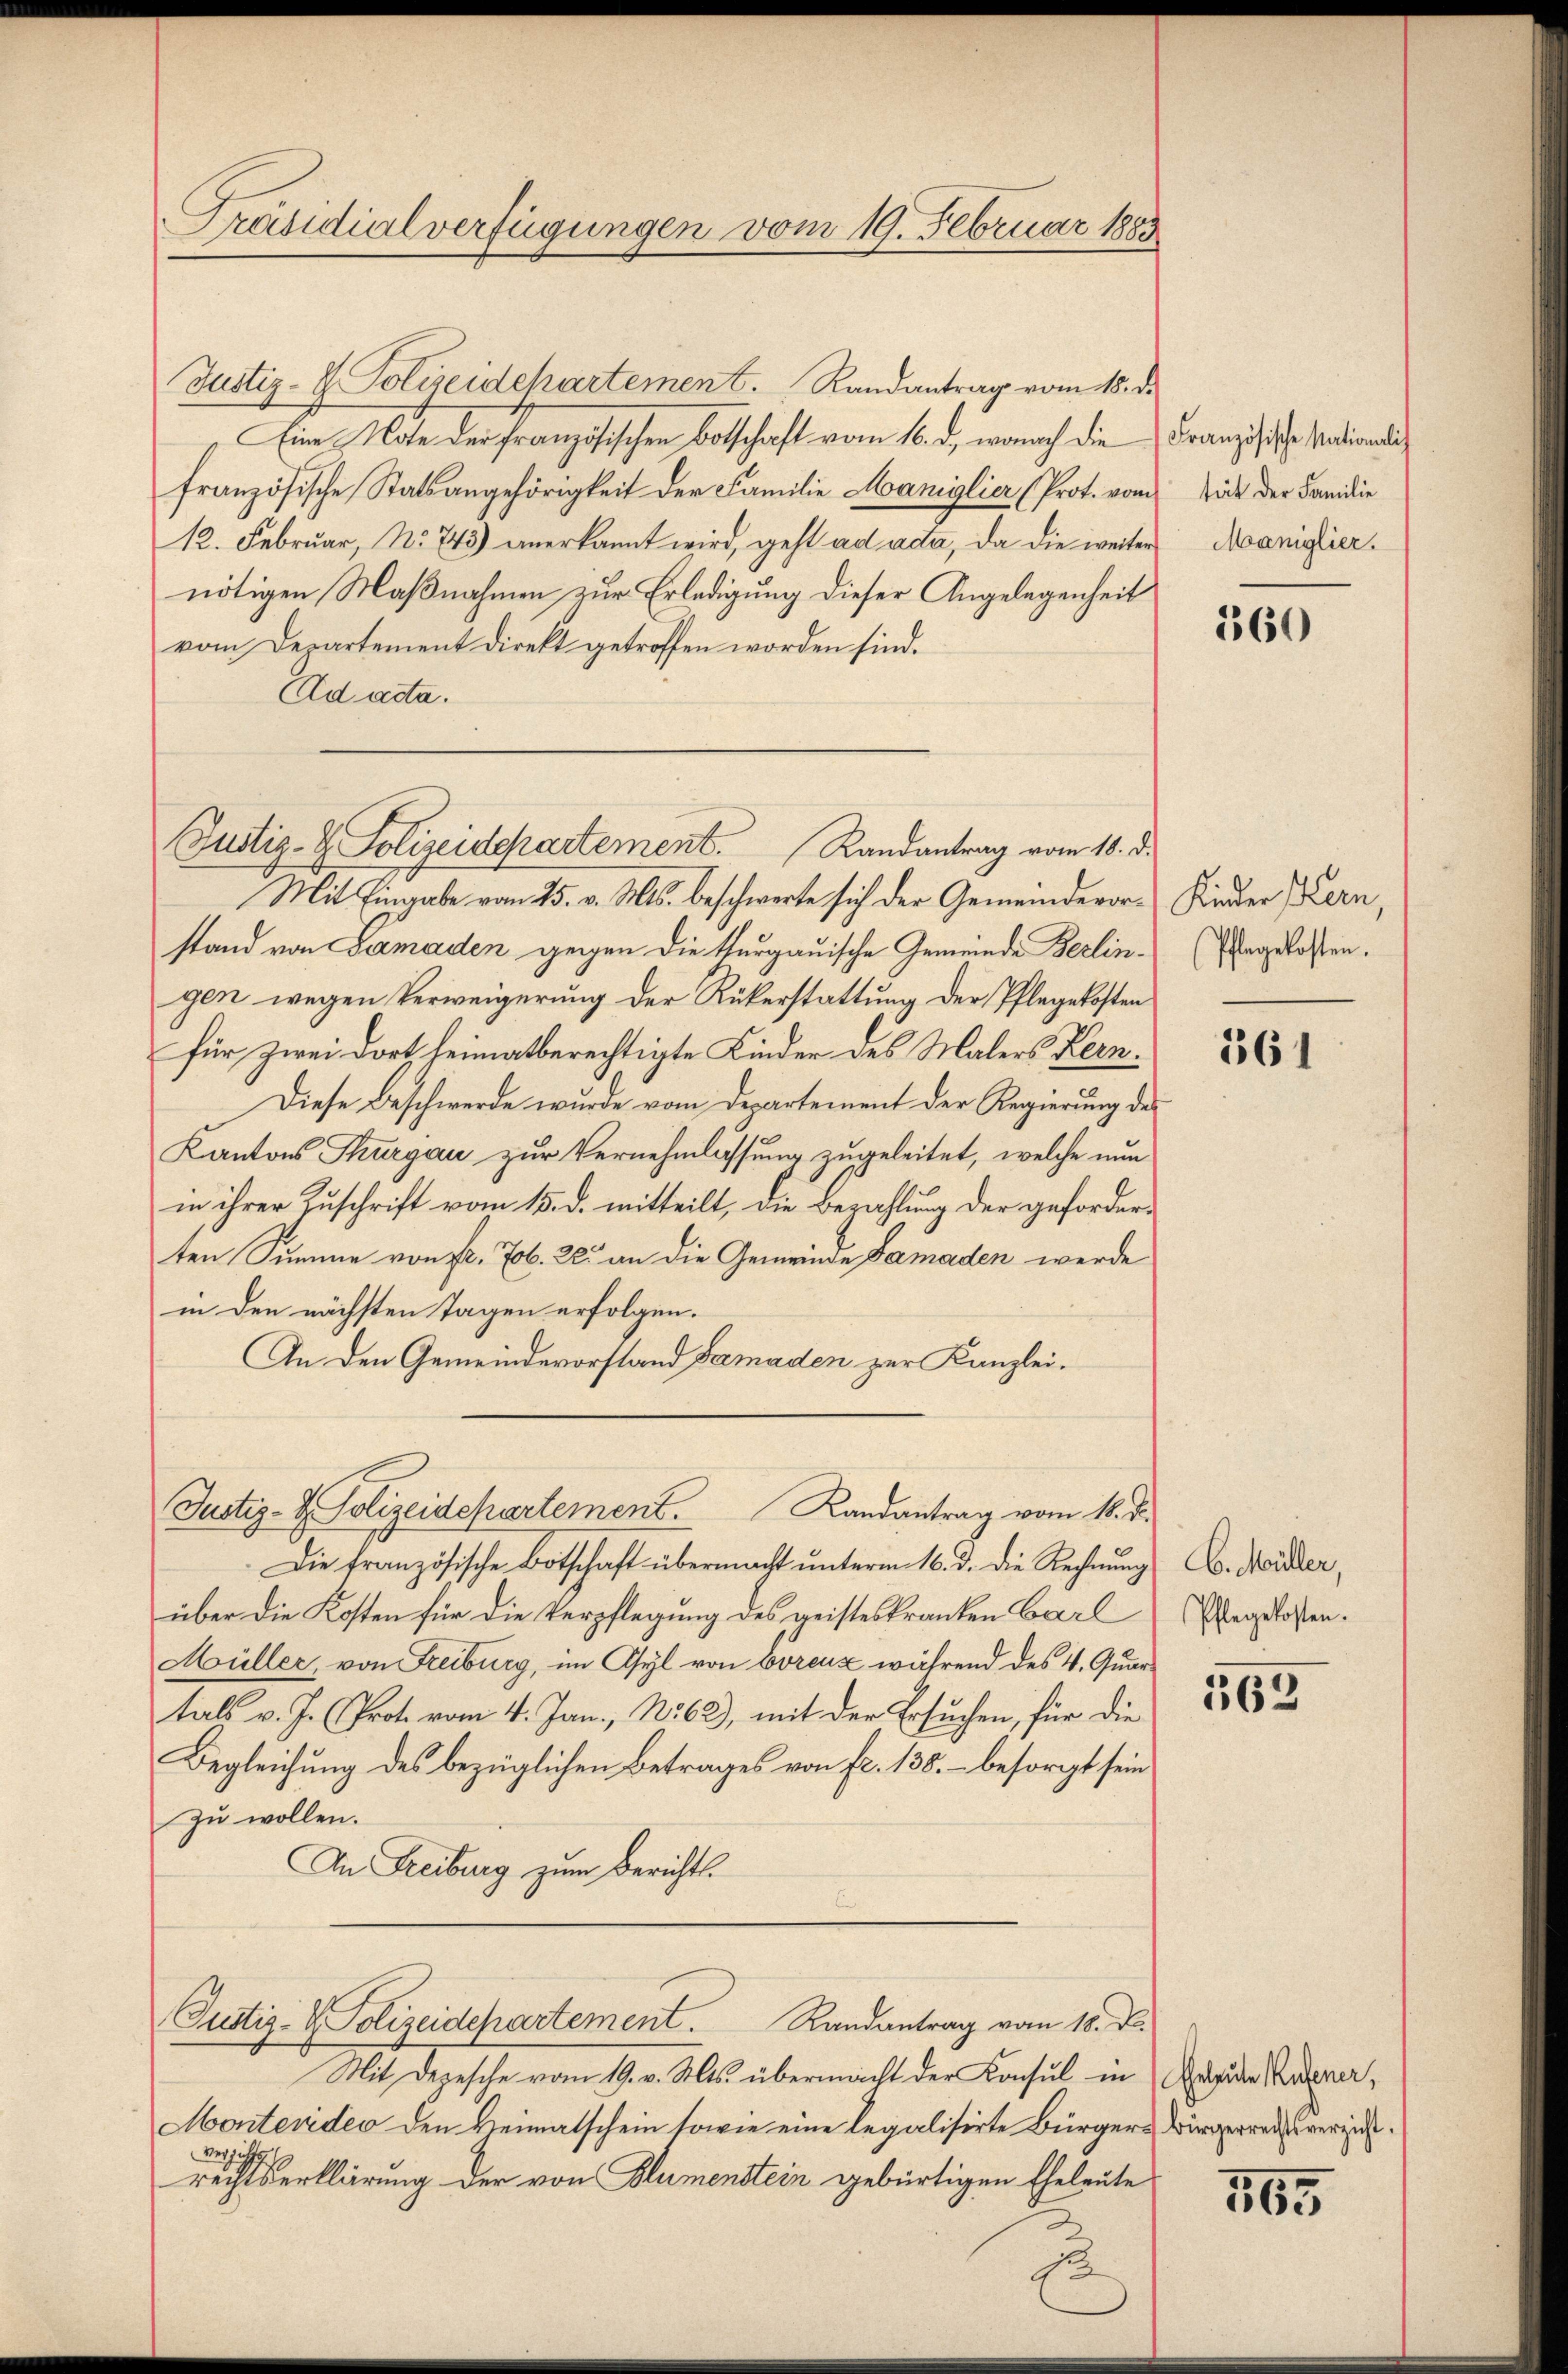
Präsidialverfügungen vom 19. Februar 1883

Justiz- & Polizeidepartement. Randantrag vom 18. d.

Justiz- & Polizeidepartement. Landantrag vom 16. d.

Justiz- & Polizeidepartement. Randantrag vom 18. d.

Justiz- & Polizeidchartement. Randantrag vom 18. d.
Eine Note der französischen Botschaft vom 16. d., wonach die
französische Statsangehörigkeit der Familie Maniglier (Prot. vom
12. Februar, No 745) anerkannt wird, geht ad acta, da die weiter
nötigen Maßnahmen zur Erledigung dieser Angelegenheit
vom Departement Direkt getroffen worden sind.
Ad acta.

Mit Eingabe vom 25. v. Ms. beschwerte sich der Gemeindevor-Kinder Kern,
stand von Famaden gegen die thurgauische Gemeinde Berlingen wegen Verweigerung der Rükerstattung der Pflegekosten
für zwei dort heimatberechtigte Kinder des Malers Kern¬
Diese Beschwerde wurde vom Departement der Regierung des
Kantons Thurgau zur Vernehmlassung zugeleitet, welche nun
in ihrer Zuschrift vom 15. d. mitteilt, die Berachtung der geforderten Summe von fr. 76. 22. an die Gemeinde Damaden werde
in den nächsten Tagen erfolgen.
An den Gemeindevorstand Damaden zur Kanzlei.

Die französische Botschaft übermacht unterm 16. d. die Rechnung
über die Kosten für die Verpflegung des geisteskranken Carl
Müller, von Freiburg, im Asyl von Creuz während des 4. Quar
tals v. J. Prot. vom 4. Jan., No 62), mit der Ersuchen, für die
Begleichung des bezüglichen Betrages von fr. 138. – besorgt sein
zu wollen.
An Freiburg zum Berichts¬
E

Mit Depesche vom 19. v. Mts. übermacht der Konsul in Gegen Kura¬
Montevideo den Heimatschein sowie eine legalisirte Bürgers Bürgerrechtsverzichverzicht
rechtserklärung der von Blumenstein gebürtigen Eheleute
1

Französische Nationali
tät der Familie
Maniglier.

360

Pflegekosten.

361

C. Müller,
Pflegekosten.

565

165